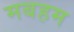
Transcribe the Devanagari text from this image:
मबहम